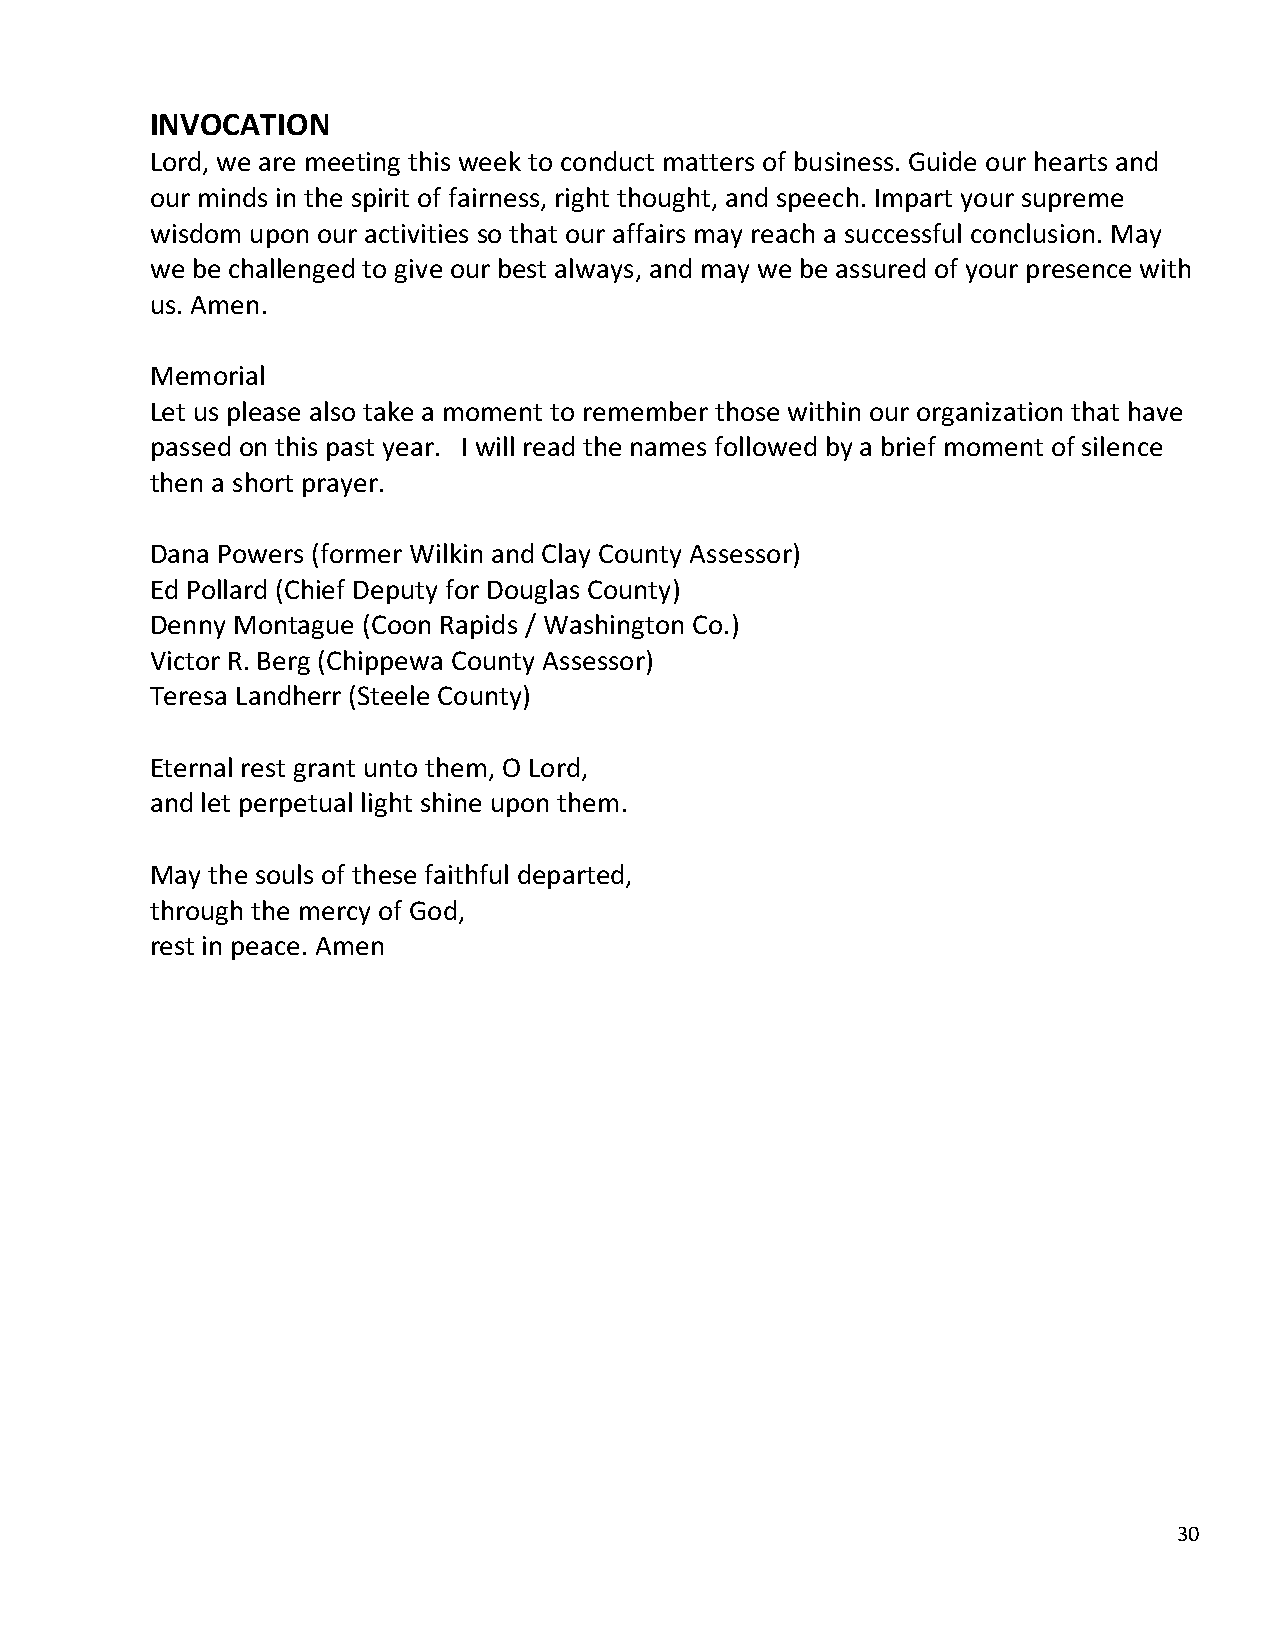
INVOCATION
 Lord, we are meeting this week to conduct matters of business. Guide our hearts and
 our minds in the spirit of fairness, right thought, and speech. Impart your supreme
 wisdom upon our activities so that our affairs may reach a successful conclusion. May
 we be challenged to give our best always, and may we be assured of your presence with
 us. Amen.
 Memorial
 Let us please also take a moment to remember those within our organization that have
 passed on this past year. I will read the names followed by a brief moment of silence
 then a short prayer.
 Dana Powers (former Wilkin and Clay County Assessor)
 Ed Pollard (Chief Deputy for Douglas County)
 Denny Montague (Coon Rapids / Washington Co.)
 Victor R. Berg (Chippewa County Assessor)
 Teresa Landherr (Steele County)
 Eternal rest grant unto them, O Lord,
 and let perpetual light shine upon them.
 May the souls of these faithful departed,
 through the mercy of God,
 rest in peace. Amen
 30